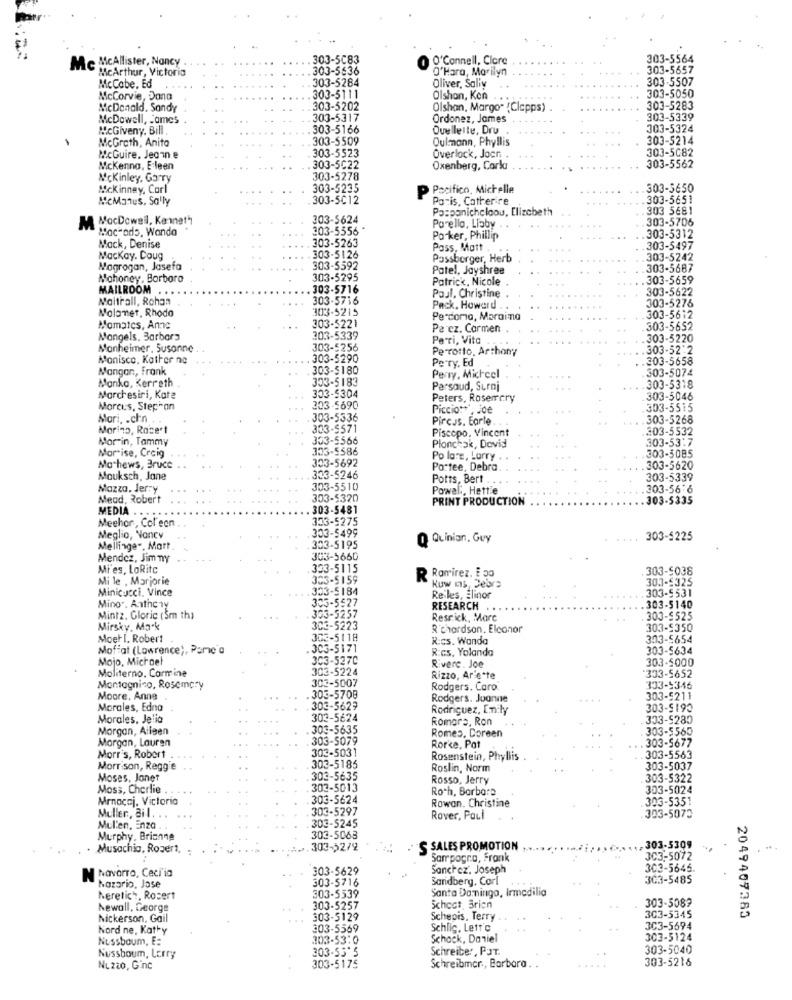
303-5083
O'Connell, Clore
303-5564
Me McAllister, Nancy
McArthur, Victoria
303-5536
O'Hara, Marilyn
303-5657
303-5284
Oliver, Saliy
303-5507
McCabe, Ed
303-5050
McCorvie, Dona
303-5111
Olshan, Kon .
McDonald. Sandy
303-5202
Olshan, Margo" (Clepps)
303-5283
McDowell, James
303-5317
Ordonez, James
303-5339
McGiveny, Bill ,
303-5166
Ouellette, Dru
303-5324
McGreth, Anita
303-5509
Oulmann, Phyllis
303-5214
303-5523
303-5082
McGuire. Jeann e
Overlock, Joen.
Mckenna, E leen
303-5022
Oxenberg, Carla
303-5562
Mckinley, Garry
303-5278
Mckinney, Carl
303-5235
PR
Pacifico, Michelle
303-5650
McManus, Sally
303-5012
Paris, Catherire
303-5651
Paspanichcloou, Elizabeth
303 5681
M MocDowell, Kenneth
303-5624
303-5706
Mac- ads, Wanda
203-5556
Porello, Liaby .
303-5263
Poker, Phillip
303-5312
Mack, Denise
Pass, Matt .
303-5497
Mackay. Coug
303-5126
Passborger, Herb
303-5242
Magrogan, Josefa
303-5592
Patel, Jayshree
303-5687
Mahoney, Borboro
303-5295
Patrick, Nicole
303-5659
MAILROOM .
303-5716
303-5622
Maitrall, Rohan
303-5716
Paul, Christine
303-5276
Nolanet, Rhodo
303-5215
Pack, Howard .
Perdomo, Maroina
303-5612
Momates, Ame
303-5221
Pe cz. Carmen
303-5652
Mangels. Barbara
303-5339
Peri, Vita
303-5220
Monheimer, Susanne
303-5256
Perrotto, Arthony
303-52 :2
Manisco, Kother ne
303-5290
Perry, Ed
303-5658
Mangan, Frank
303-5180
303-5074
Manko, Kerreth
Perry, Michcel
03-5183
Parsoud, Surni
303-5318
Marchesiri, Kate
303-5304
Peters, Rosemary
303-5046
Morcus, Stephan
-5690
Piccio :*, Joe
303-5515
Mari, . chn
303-5336
Pircus. Earle
303-5268
Marino, Racert
Piscopo, Vincent
303-5532
Morin, Tammy
Plonchak, Dovid
303-53:7
Marise, Craig
303-5692
Po lors, Larry
303-5085
Mathews, Bruce
Portee, Debra
.303-5620
Mouksch, Jane
333-5246
Potts, Bert
303-5339
Mazza, Jerry
303-5510
Powel :, Hettie
303-56 6
Meod, Robert
303-5320
PRINT PRODUCTION
.303-5335
MEDIA .
. 303-5481
Meehor, Col eon
....
333-5275
303-5499
Meglio, Nancy
Q Quinian, Guy
... 303-5225
Mellinge", Mart
303-5195
Mendez, Jim ny
303-5660
Mi es, LoRitc
303-5038
Mi le . Marjorie
R Ramirez, E 50
303-£325
Minicucci, Vince
5184
Kuw ns Debre
303-5531
5527
Re les, Elinor
Minor. Anthony
RESEARCH
303-5140
Mintz. Gloric (Sm th)
Resrick, Marc
303-5525
Mirsky, Mark
Richardson. Elconor
303-5350
Moet I. Robert
R:cs. Wanda
303-5654
Mof at (Lawrence), Pame'a
R:cs. Yolanda
303-5634
Mojo, Michael
303-5270
303-5000
Moliterno, Carmine
303-5224
Rivere. Joe
303-5007
Rizzo, Ar este
303-5652
Montagnico, Rosemary
Rodgers. Caro
333-5346
Moore, Anne
.303-5708
Rodgers. Joonne
....
303-5211
Morales, Edna
303-5629
Rodriguez, Enily
303-5190
Morales, Jelia
303-5624
Romare, Ron
333-5280
Morgan, Alleen
309-5635
303-5565
Morgan, Lauren
303-5079
Romes, Doreen
303-5677
Rorke, Pat
Morr's, Robert
303-503
Rosenstein, Phyllis
303-5563
Morrison, Reggie
303-5185
Roslin, Norm
303-5037
Moses, Jonet
303-5635
Rosso, Jerry
303-5322
Moss, Cherlie .
303-5013
Roth, Barbate
303-5024
Mrnacaj, Victoria
303-5624
303-5297
Rowan. Christine
303-5351
Muller, Bil. .
303-5245
Rover, Paul
303-5073
Mul'en, Enza
Murphy, Brianne
303-5063
Musachio, Rozert,
303-52/9
S SALES PROMOTION
,303-5309
Sarrpogra, Frank
3C3-5072
N Navarro, Ceci'ia
303-5629
Sanchez. Joseph
303-5645.
303-5716
Sandberg, Corl
303-5485
Nazario, Jose
Santa Domingo, Irmedilia
Neretich, Rosert
303-5539
Newall, George
303-5257
Schect Brion
303-5089
Nickerson, Gail
...
303-5129
Schepis, Terry
303-5345
2049407383
Nord ne, Kathy
303-5369
Schlig, Lett'c
303-5694
Nussbaum, E:
303-53:0
Schock, Daniel
303-5124
Schreiber, PJT.
303-5040
Nussboum, Larry
303-55'5
303-5216
NL220, Ginc
303-5175
Schreibmcr ., Barbara.